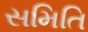
સમિતિ